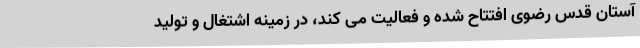
آستان قدس رضوی افتتاح شده و فعالیت می کند، در زمینه اشتغال و تولید